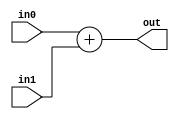
`timescale 1ns / 1ps



module adder(
	input wire[31:0] in0,in1,
	output wire[31:0] out
    );

	assign out = in0 + in1;
endmodule